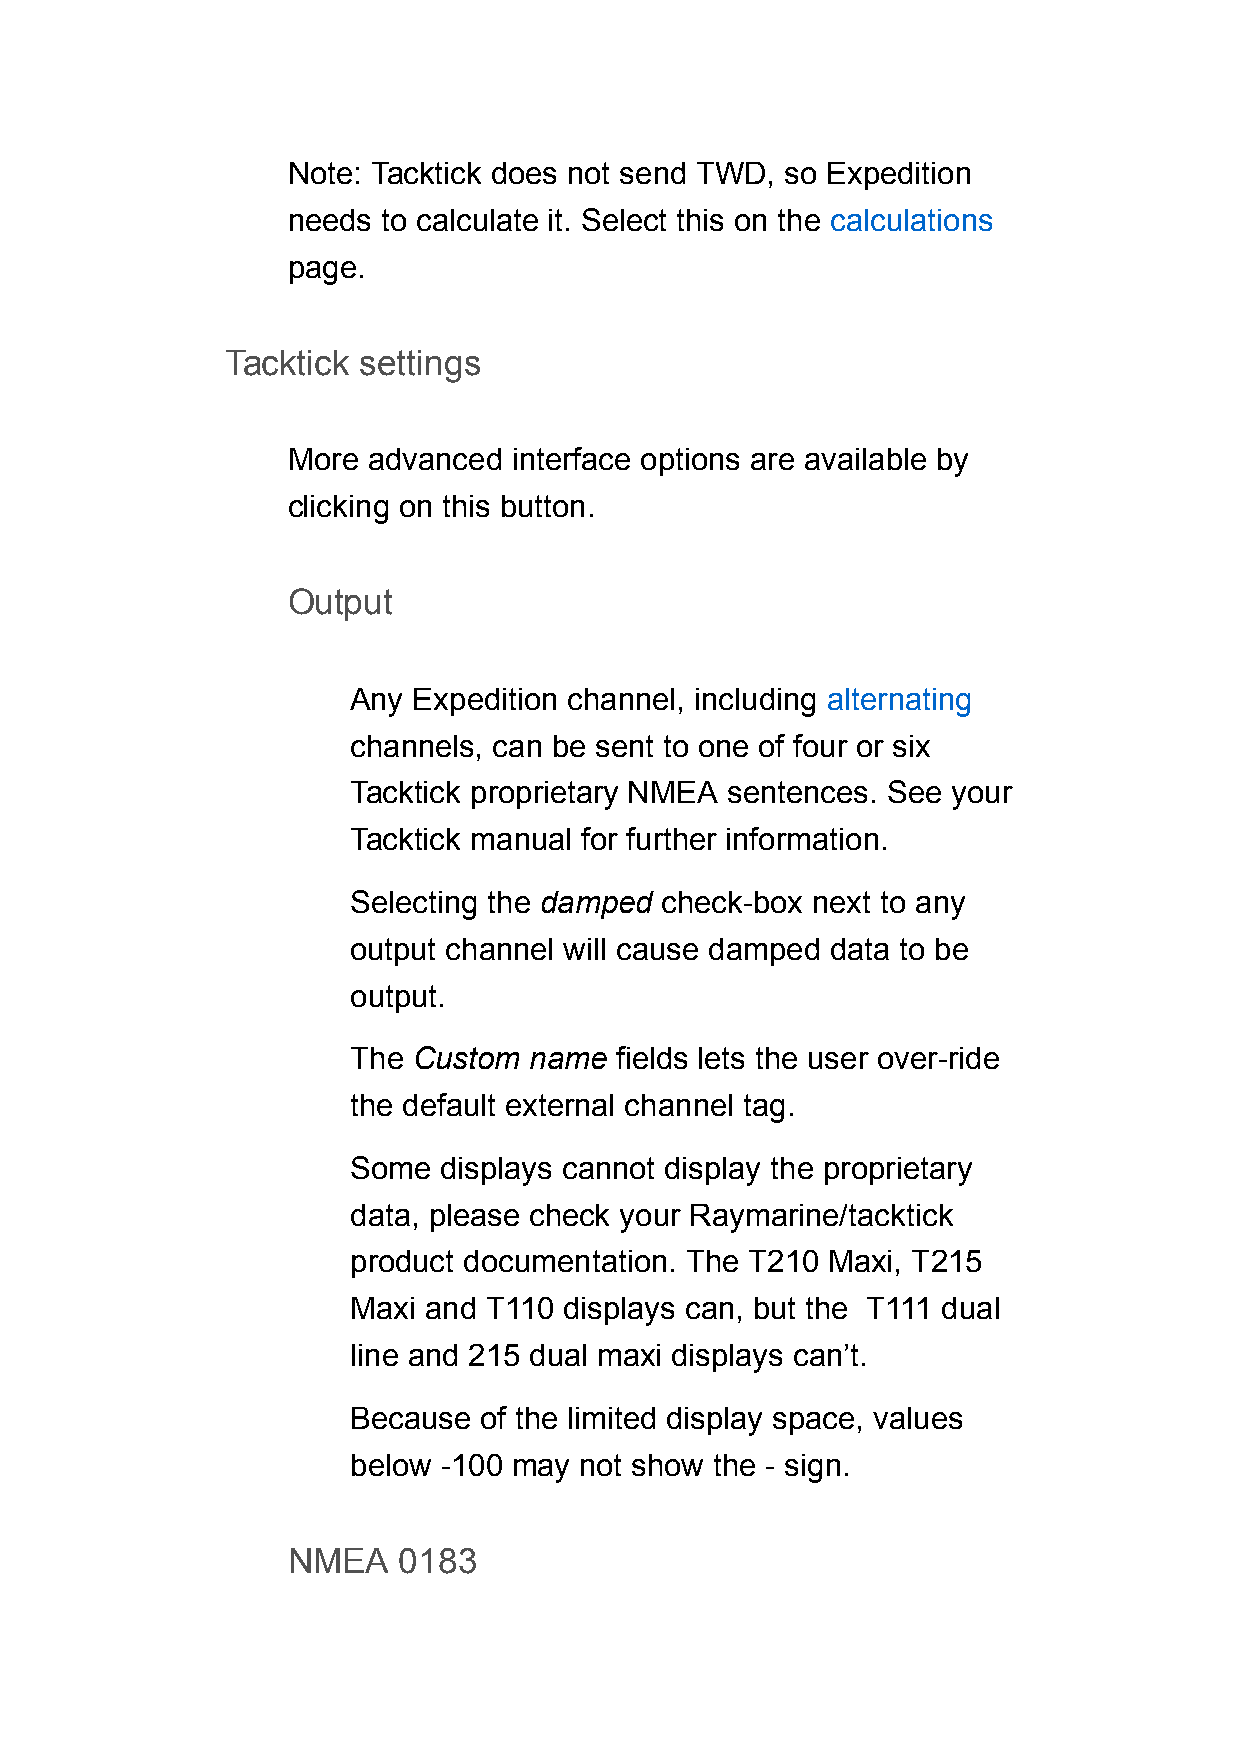
Note: Tacktick does not send TWD, so Expedition
 needs to calculate it. Select this on the calculations
 page.
 Tacktick settings
 More advanced  interface options are available by
 clicking on this button.
 Output
 Any Expedition channel, including alternating
 channels, can be sent to one of four or six
 Tacktick proprietary NMEA sentences. See your
 Tacktick manual for further information.
 Selecting the damped check-box next to any
 output channel will cause damped data to be
 output.
 The Custom  name  fields lets the user over-ride
 the default external channel tag.
 Some  displays cannot display the proprietary
 data, please check your Raymarine/tacktick
 product documentation. The T210 Maxi, T215
 Maxi and T110 displays can, but the T111 dual
 line and 215 dual maxi displays can’t.
 Because  of the limited display space, values
 below -100 may not show the - sign.
 NMEA   0183